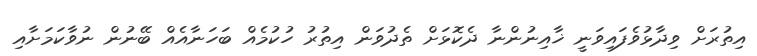
އިތުރަށް ވިދާޅުވެފައިވަނީ ޚާއިނުންނާ ދެކޮޅަށް ތެދުވަން އިތުރު ހުކުމެއް ބަހަނާއެެއް ބޭނުން ނުވާކަމަށާއި